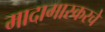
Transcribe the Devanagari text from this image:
मादागास्करचे